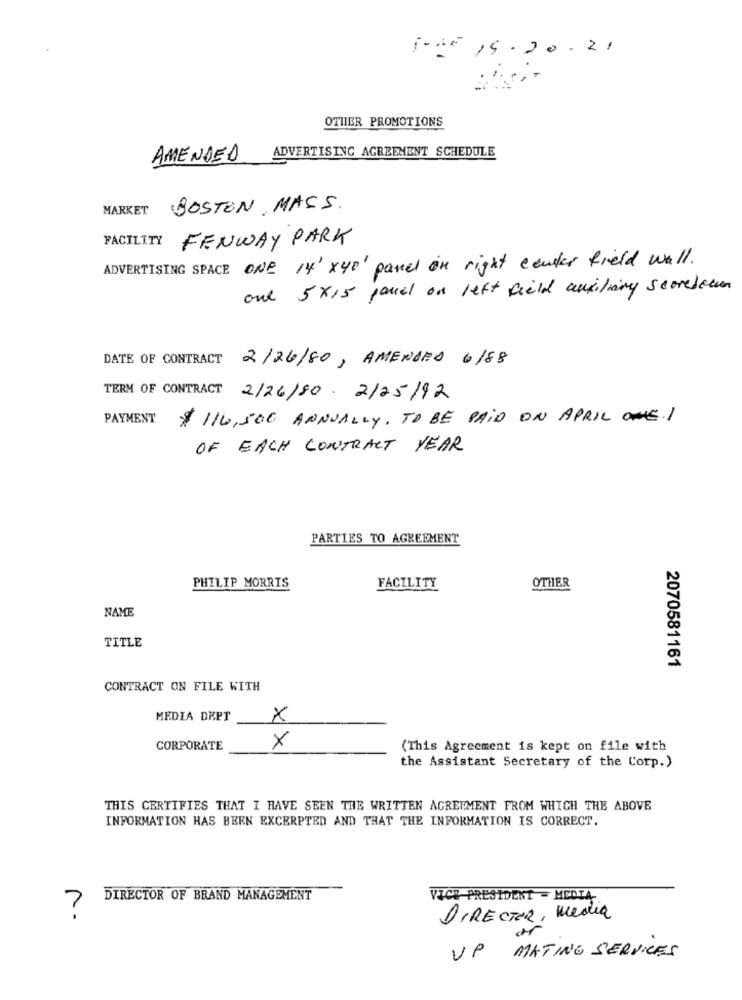
THE 15. 20.21
OTHER PROMOTIONS
AMENDED
ADVERTISING AGREEMENT SCHEDULE
MARKET
BOSTON, MASS.
FACILITY
FENWAY PARK
ADVERTISING SPACE ONE 14 ×40' panel on right center field wall.
one 5×15 panel on left field auxiliary scorebeen
DATE OF CONTRACT 2/26/80, AMENDED 6/88
TERM OF CONTRACT 2/26/80 - 2/25/92
PAYMENT
$ 116,500 ANNUALLY. TO BE PAID ON APRIL ONE!
OF EACH CONTRACT YEAR
PARTIES TO AGREEMENT
PHILIP MORRIS
FACILITY
OTHER
NAME
TITLE
2070581161
CONTRACT ON FILE WITH
MEDIA DEPT
X
CORPORATE
X
(This Agreement is kept on file with
the Assistant Secretary of the Corp.)
THIS CERTIFIES THAT I HAVE SEEN THE WRITTEN AGREEMENT FROM WHICH THE ABOVE
INFORMATION HAS BEEN EXCERPTED AND THAT THE INFORMATION IS CORRECT.
DIRECTOR OF BRAND MANAGEMENT
VICE PRESIDENT - MEDIA-
7
DIRECTOR, Media
UP MATING SERVICES